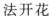
法开花